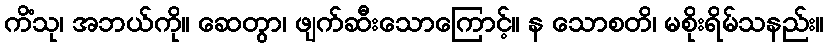
ကိံသု၊ အဘယ်ကို။ ဆေတွာ၊ ဖျက်ဆီးသောကြောင့်။ န သောစတိ၊ မစိုးရိမ်သနည်း။